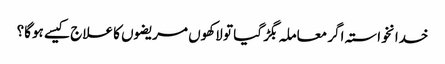
خدانخواستہ اگر معاملہ بگڑ گیا تو لاکھوں مریضوں کا علاج کیسے ہوگا؟